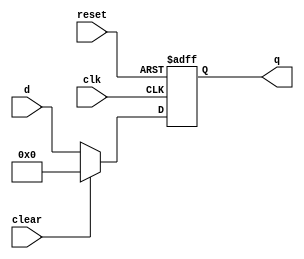
`timescale 1ns / 1ps

module Floprc 
#(parameter WIDTH = 8)
(
	input                  clk, reset, clear,
	input      [WIDTH-1:0] d, 
	output reg [WIDTH-1:0] q
);

always @(posedge clk, posedge reset)
    if (reset)      q <= #1 0;
    else if (clear) q <= #1 0;
    else            q <= #1 d;

endmodule